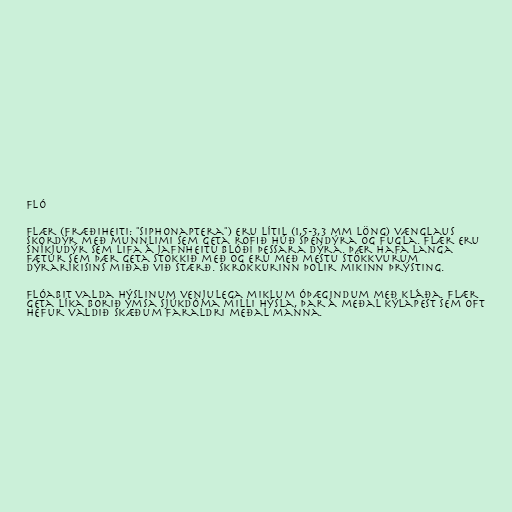
Fló

Flær (fræðiheiti: "Siphonaptera") eru lítil (1,5-3,3 mm löng) vænglaus
skordýr með munnlimi sem geta rofið húð spendýra og fugla. Flær eru
sníkjudýr sem lifa á jafnheitu blóði þessara dýra. Þær hafa langa
fætur sem þær geta stokkið með og eru með mestu stökkvurum
dýraríkisins miðað við stærð. Skrokkurinn þolir mikinn þrýsting.

Flóabit valda hýslinum venjulega miklum óþægindum með kláða. Flær
geta líka borið ýmsa sjúkdóma milli hýsla, þar á meðal kýlapest sem oft
hefur valdið skæðum faraldri meðal manna.